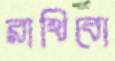
রাখিবো